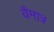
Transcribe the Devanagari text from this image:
वैमात्र